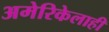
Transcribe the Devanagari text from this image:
अमेरिकेलाही